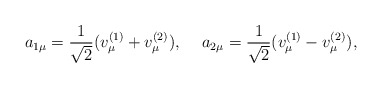
\begin{align*}a_{1\mu}=\frac{1}{\sqrt{2}}(v^{(1)}_\mu+v^{(2)}_\mu),\hspace{5mm}a_{2\mu}=\frac{1}{\sqrt{2}}(v^{(1)}_\mu-v^{(2)}_\mu),\end{align*}